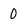
Character: 0